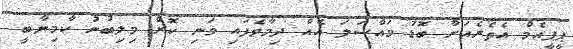
ޕީޕީއެމް އެތެރެއަށް ބޮޑު މައްސަލަ އެއް ދިމާވެފައި ވަނި ކޮށް މިިލިބުނު ކާމިޔާބީ